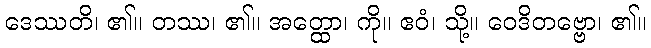
ဒေဿတိ၊ ၏။ တဿ၊ ၏။ အတ္ထော၊ ကို။ ဧဝံ၊ သို့။ ဝေဒိတဗ္ဗော၊ ၏။